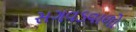
સગવડવાળો